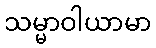
သမ္မာဝါယာမာ